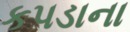
કપડાના